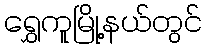
ရွှေကူမြို့နယ်တွင်